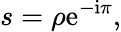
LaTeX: s=\rho\mathrm{e}^{-\mathrm{i}\pi},